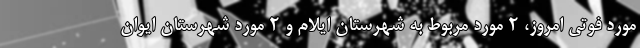
مورد فوتی امروز، ۲ مورد مربوط به شهرستان ایلام و ۲ مورد شهرستان ایوان